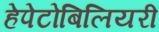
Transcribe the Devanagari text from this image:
हेपेटोबिलियरी